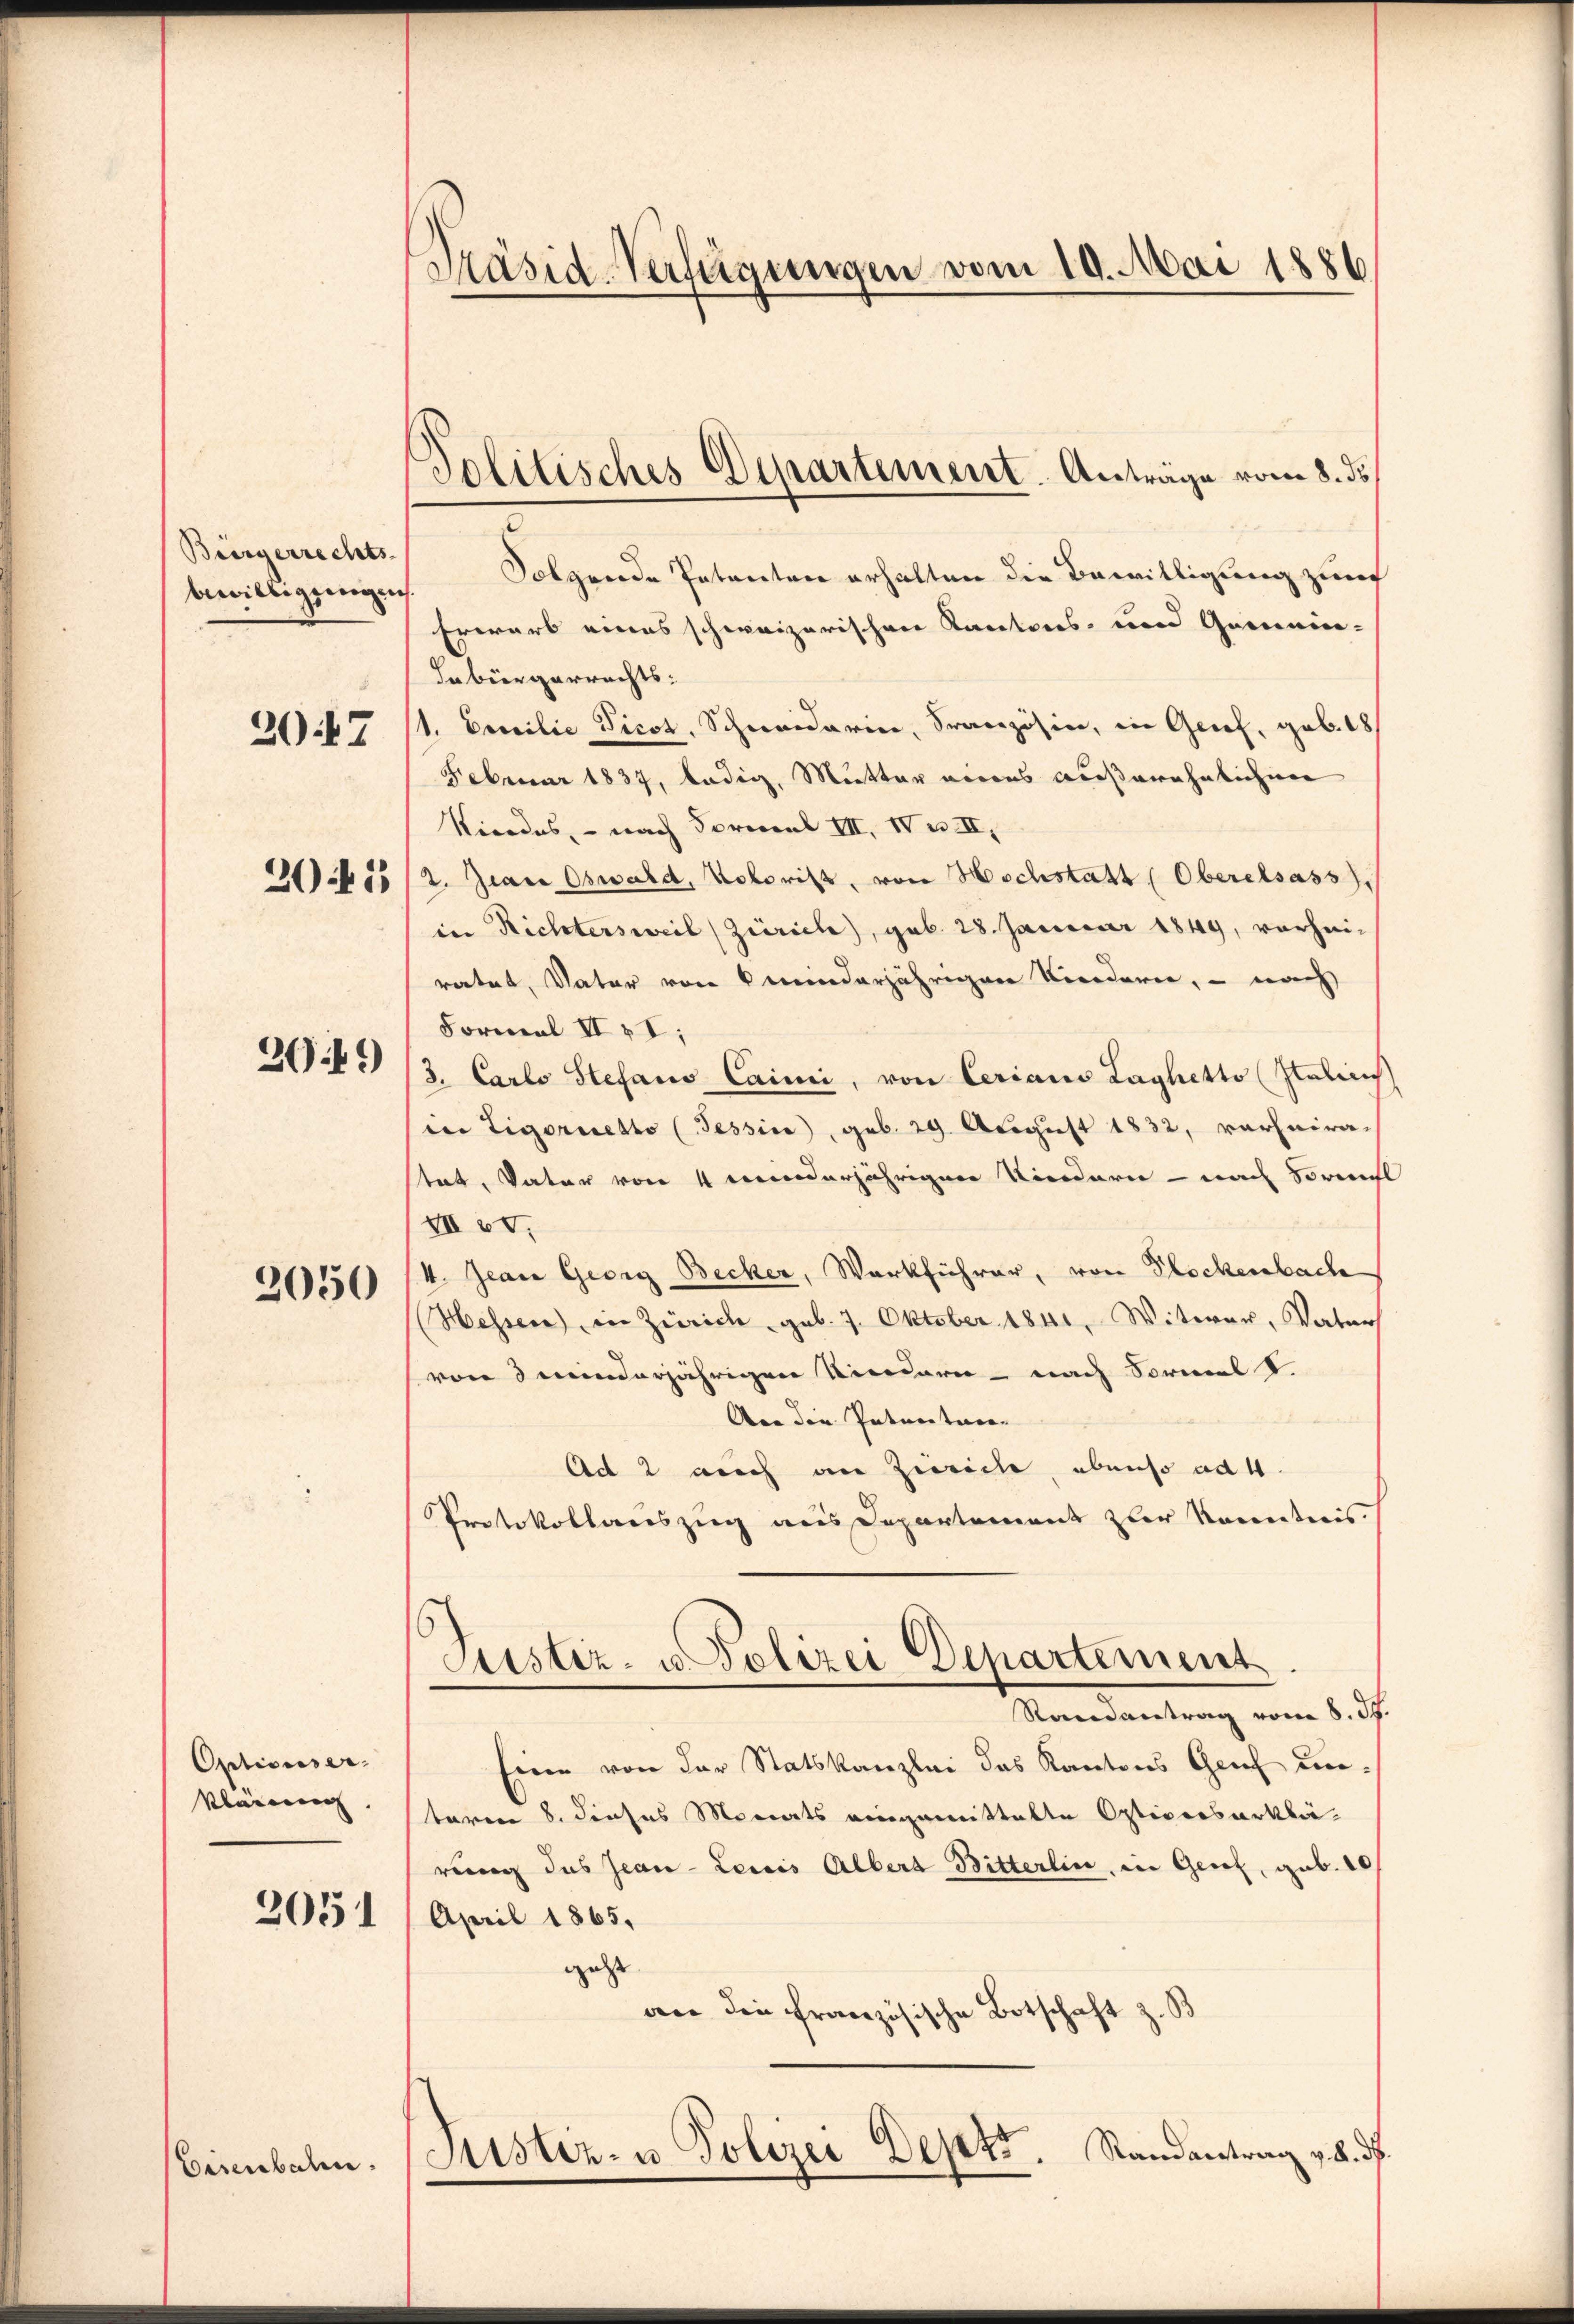
Bürgerrechts-
2047

2042

3049

2050

Optionser
klaren.

2051

Eisenbahn.

Präsid-Verfügungen vom 10. Mai 1886

Politisches Departement. Anträge vom 8. ds.

bewilligungen Folgende Petenten erhalten die Bewilligung zur
trerart eines schweizerischen Kantores um Gemein- |
Labürgerrechts:
1. Emilie Ticot. Schneidarin, Französin, in Geief, geb. 18
Februar 1837, ledig, Mutter eines außerähnlichen
Kirades, - nach Formel III, IV u. II,
2. Jean Oswald, Notorist, von Hochstatt (Oberelsass,
in Richtersweil (Zürich, geb. 28. Januar 1849, vorheiratet, Vater von minderjährigen Vorderen, – nach
Formal II 4I;
3. Carlo Stefanio Cainii, von Cerians Laghetto (Italien
in Tigoretto (Tessin, geb. 29 August 1832, verheiratat, Vater von 4 minderjährigen Niedern - nach Soreil
VII IV.
V. Jean Georg Becker, Werkführer, von Glockenbach
Hessere in Zürich geb. 7. Oktober 1841. Witwer, Vater
von 3 minderjährigen Niedern - nach Sormel S.
An die Intentare
Ad 2 auch an Zürich, ebenso ad 4.
Protokollareszug aus Departement zur Kenntnis
Justiz- u. Polizei Departement
Randantrag vom 8. d.
Eine von der Statskanzlei das Kantons Genf untaren 8. dieses Monats eingemittelte Optiverserklärung das Jean - Leicis Albert Bitterlin, in Genf, geb. 10
April 1865.
geht.
an die französische Botschaft z. B.
Justiz- u. Polizei Depr. Randantrag v. 8. ds.